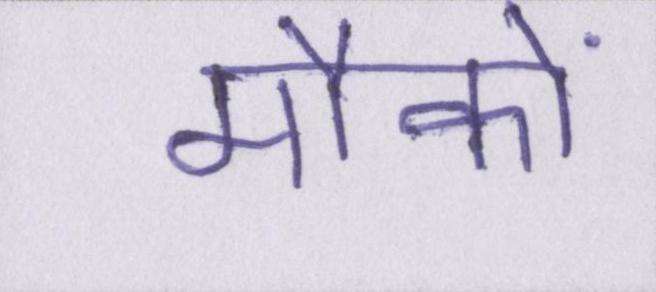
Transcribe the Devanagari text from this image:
मौकों